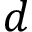
d